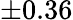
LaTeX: \pm 0.36